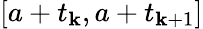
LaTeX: [a+t_{\mathbf{k}},a+t_{\mathbf{k}+1}]